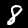
Label: 8